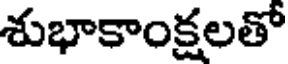
శుభాకాంక్షలతో